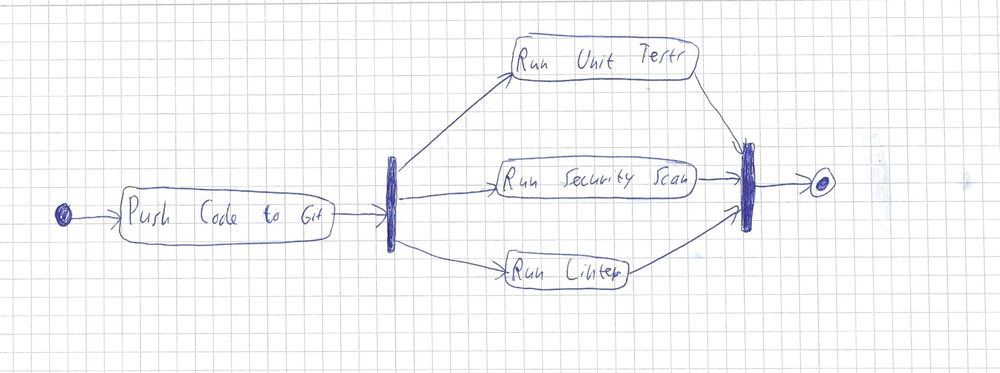
Diagram type: activity_diagram
```plantuml
@startuml

start
:Push Code to Git;
fork
  :Run Unit Tests;
fork again
  :Run Security Scan;
fork again
  :Run Linter;
end fork
stop

@enduml
```